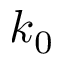
k _ { 0 }